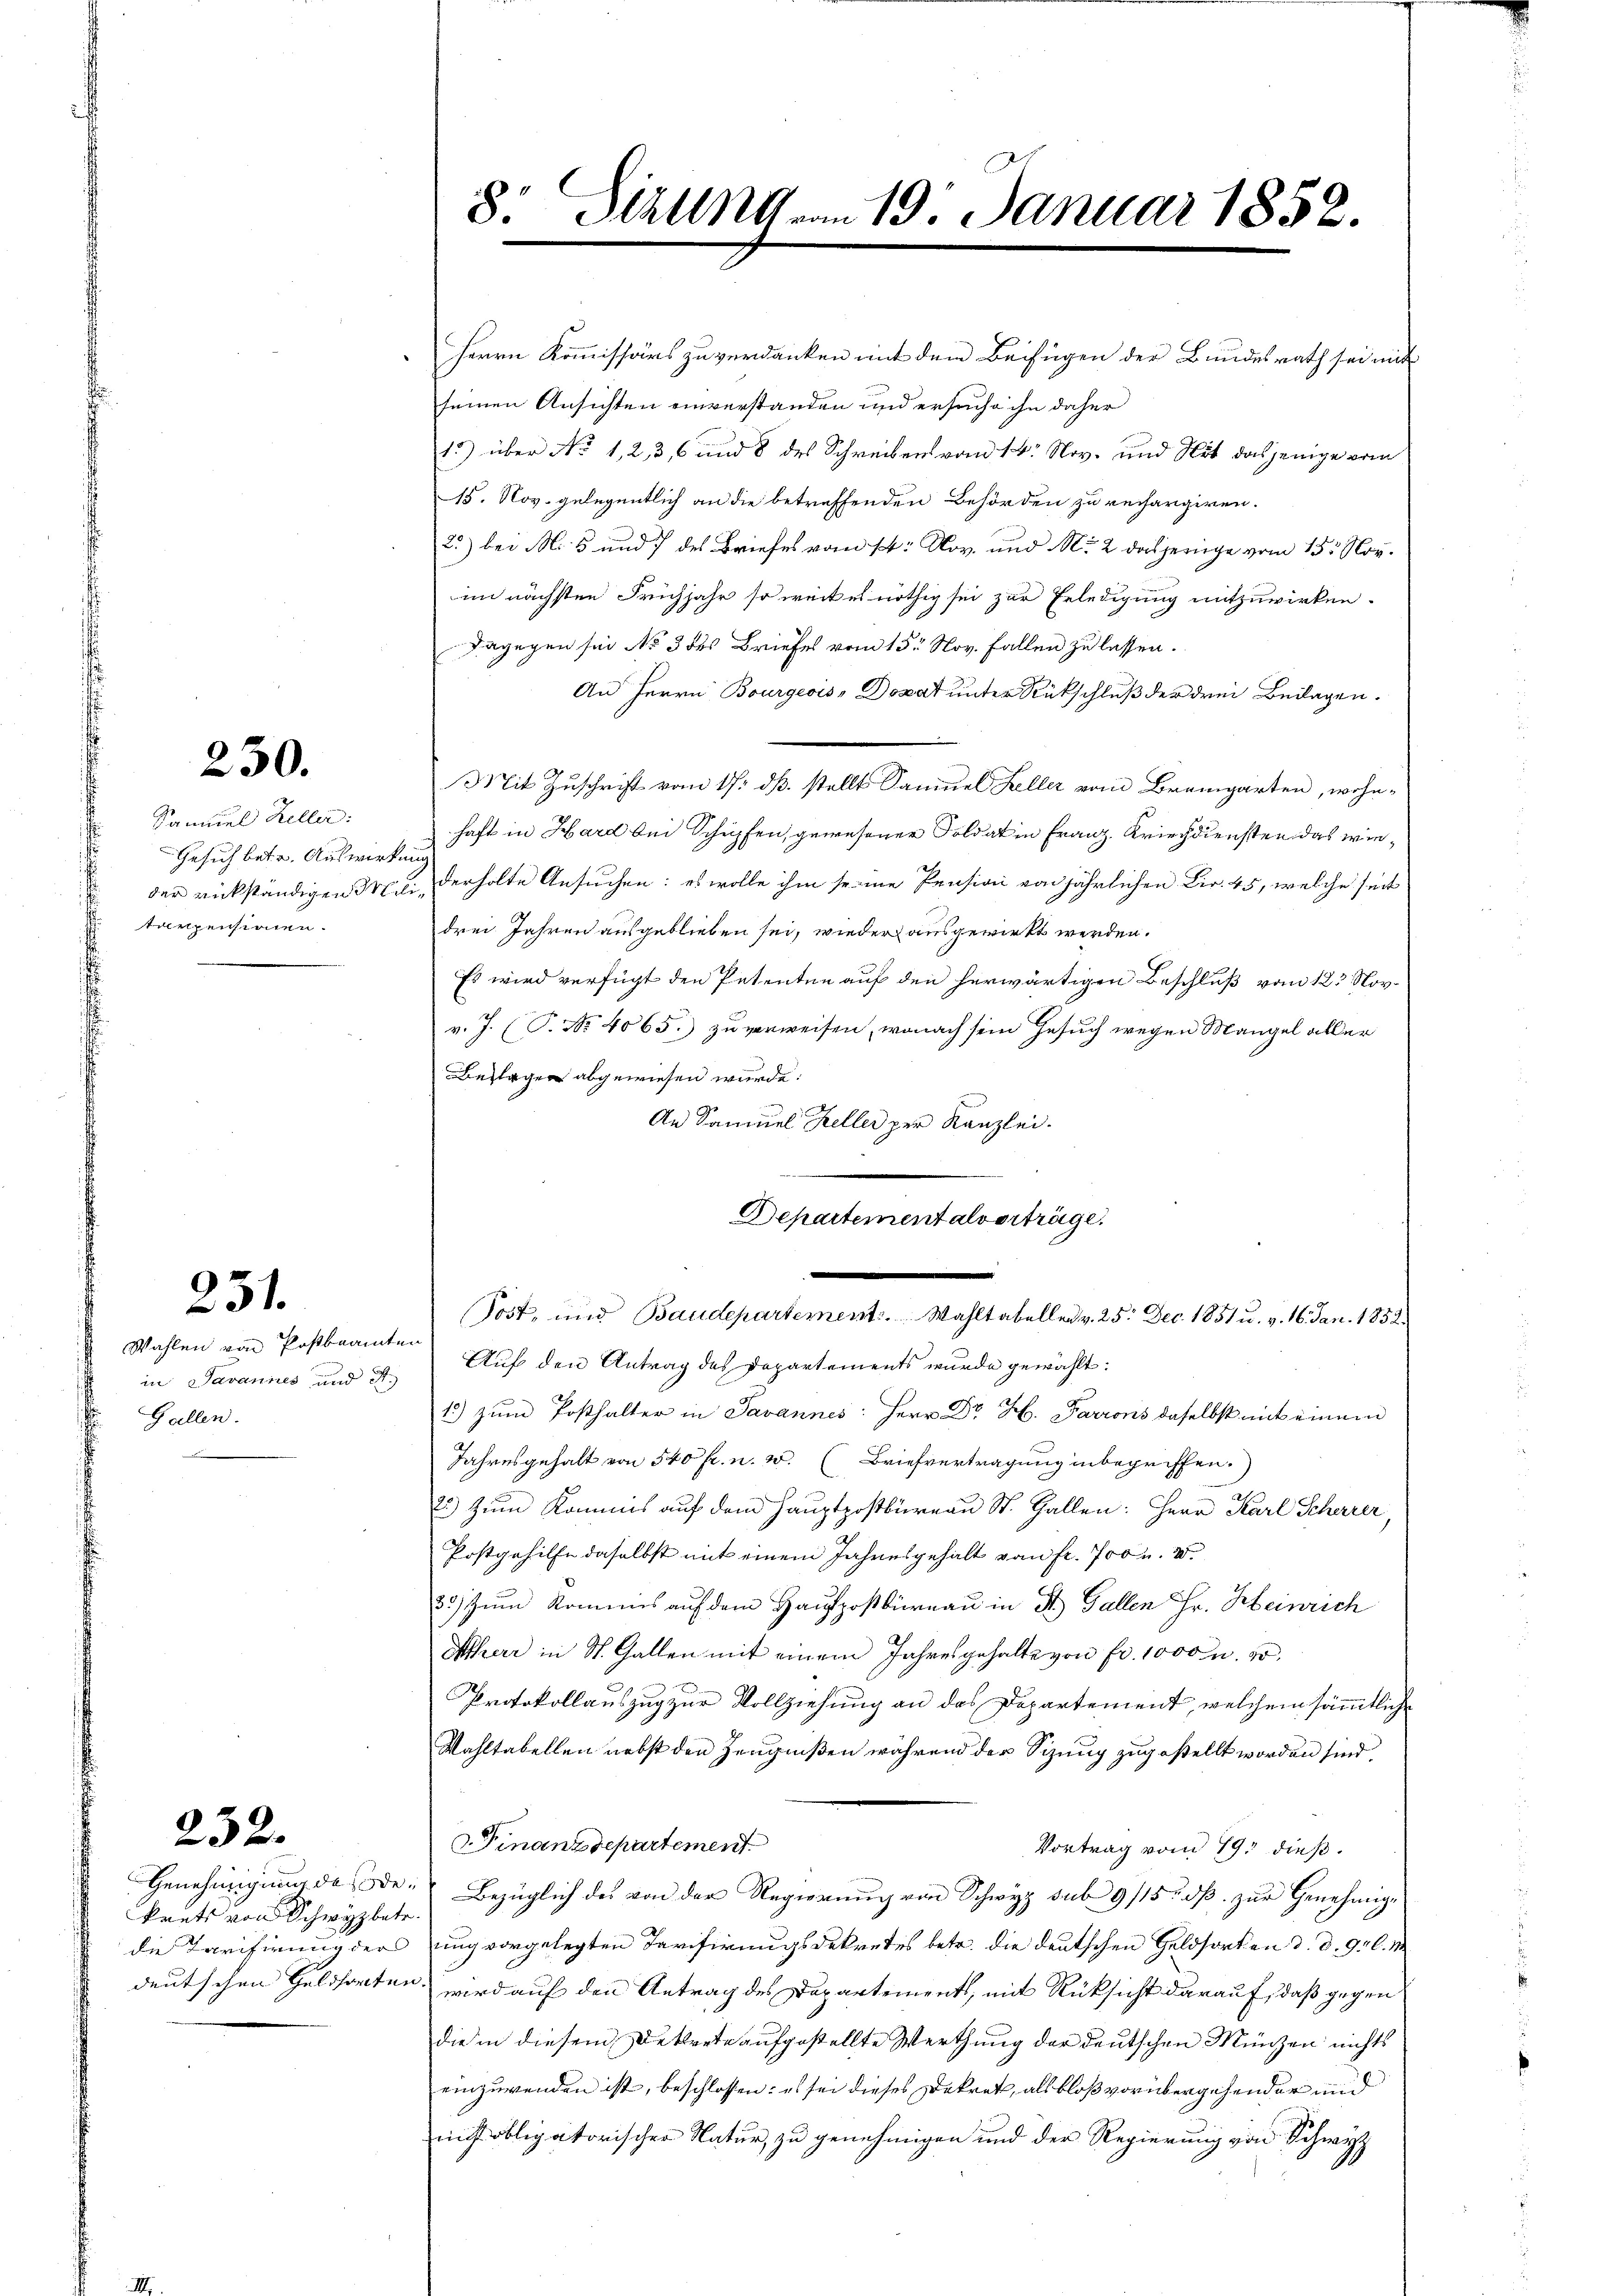
230.

Samuel Keller:
Gesuch betr. Auswirkung
der rückständigen Militonpensionen.

251.

Wahlen von Postbeamten
in Javannes und A
Gallen.

232.

Genehmigung des ode
krets von Schwyz betr
die Tarifirung der
deutschen Geldsorten

8. Silla am 19. Januar 1852.

Herrn Kommissärs zu verdanken mit dem Beifügen der Bundesrath sei mit
seinen Ansichten einverstanden und ersuche ihn daher
1) über No 1, 2, 3, 6 und 8 des Schreibens vom 14. Nov. und Mit dasjenige vom
15. Nov. gelegentlich an die betreffenden Behörden zu rechargiren.
2.) bei M. 5 und 7 des Briefes vom 14. Nov. und M. 2 dasjenige vom 15. Nov.
im nächsten Frühjahr so weit es nöthig sei zur Erledigung mitzuwirken.
dagegen sei No 3 des Briefes vom 15. Nov. Fallen zu lassen.
An Herrn Bourgeois, Donat unter Rückschluß der drei Beilagen.
Mit Zuschrift vom 17. ds. stellt Samuel Keller vom Bremgarten, wohnhaft in Hard bei Schüpfen, gewesener Soldat in Franz Kriegsdiensten das wiederholte Ansuchen: es wolle ihm seine Pension von jährlichen Dir. 45, welche seit
drei Jahren ausgeblieben sei, wieder ausgewirkt werden.
Es wird verfügt den Petenten auf den herwärtigen Beschluß vom 123 Nov.
v. J. (T. No. 4065. zu verweisen, wonach sein Gesuch wegen Mangel aller
Beilagen abgewiesen wurde.
An Samuel Keller per Kanzlei.
Departementalverträge.
Post- und Baudepartement. Wahltabellen v. 25. Dec. 1851 u. v. 16. Jan. 1852.
Auf den Antrag des Departements wurde gewählt:
15) zum Posthalter in Savannes: Herr Dr H. Parrons daselbst mich einem
Jahresgehalt von 540 fr. n. W. Briefvertragung inbegriffen.
2) Zum Kommis auf dem Hauptpostbüreau St. Gallen: Herr Karl Scherer
Postgehilfe daselbst mit einem Jahresgehalt vom fr. 700 u. v.
8.) Zum Kommis auf dem Hauptpostbüreau in St. Gallen Fr. Heinrich
Atherr in St. Gallen mit einem Jahresgehalte von Fr. 1000 u. so
Protokollauszug zur Vollziehung an das Departement, welchem sämmtliche
Wahltabellen nebst den Zeugnißen während der Sitzung zugestellt worden sind.
d.Finanzdepartement
Vortrag vom 19. dieß.
Bezüglich des von der Regierung von Schwyz sub 9/15. dß. zur Genehmigung vorgelegten Tarifirungsdekretes betr. die deutschen Geldsorten d. d. 9t l. M.
. wird auf den Antrag des Departements, mit Rücksicht darauf, daß gegen
die in diesem Dekrete aufgestellte Werthung der deutschen Münzen nichts
einzuwenden ist, beschlossen: es sei dieses Dekret, als bloß vorübergehender und
nit obligatorischer Natur, zu genehmigen und der Regierung von Schwyz